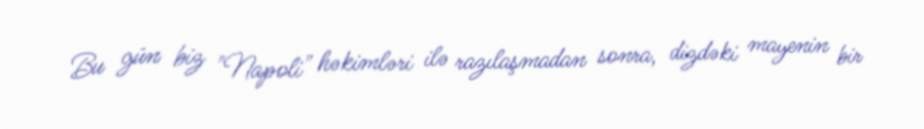
Bu gün biz "Napoli" həkimləri ilə razılaşmadan sonra, dizdəki mayenin bir